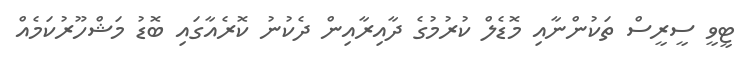
ޓީވީ ސީރީސް ތަކުންނާއި މޮޑެލް ކުރުމުގެ ދާއިރާއިން ދެކުނު ކޮރެއާގައި ބޮޑު މަޝްހޫރުކަމެއް